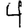
Digit: 4